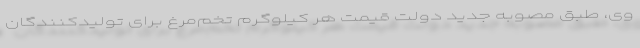
وی، طبق مصوبه جدید دولت قیمت هر کیلوگرم تخم‌مرغ برای تولیدکنندگان